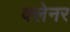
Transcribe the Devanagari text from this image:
क्लेनर